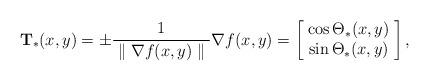
LaTeX: \begin{align*} {\mathbf{T}}_{*}(x, y) = \pm \frac{1}{\; \Vert \; \nabla f(x,y) \; \Vert \;} \nabla f(x,y) = \begin{bmatrix} \; \cos {\Theta}_{*}(x, y) \; \\ \; \sin {\Theta}_{*}(x, y) \; \end{bmatrix}, \end{align*}